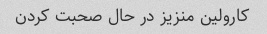
کارولین منزیز در حال صحبت کردن